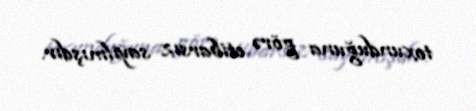
toxunduğuna görə etibarsız sayılmışdır.